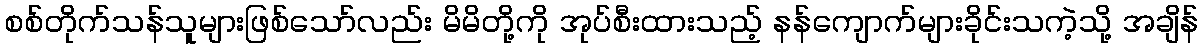
စစ်တိုက်သန်သူများဖြစ်သော်လည်း မိမိတို့ကို အုပ်စီးထားသည့် နန်ကျောက်များခိုင်းသကဲ့သို့ အချိန်